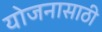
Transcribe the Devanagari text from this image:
योजनासाठी